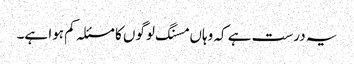
یہ درست ہے کہ وہاں مسنگ لوگوں کا مسئلہ کم ہوا ہے۔